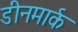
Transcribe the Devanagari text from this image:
डीनमार्क